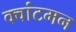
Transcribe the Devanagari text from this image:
क्वांटमन